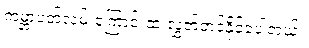
ကမ္ဘာပတ်လမ်းကြောင်းထဲ လွှတ်တင်နိုင်ခဲ့ပါတယ်။